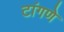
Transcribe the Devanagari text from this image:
टांगणे